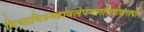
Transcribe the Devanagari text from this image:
विश्वामित्रमहावलेपजलधिप्रोद्यत्तपो